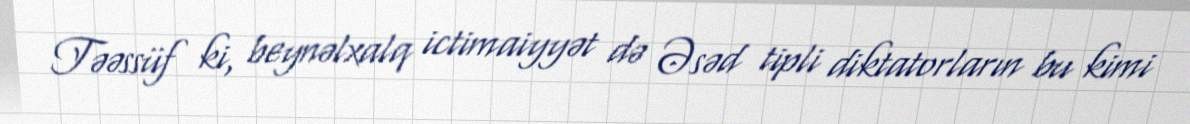
Təəssüf ki, beynəlxalq ictimaiyyət də Əsəd tipli diktatorların bu kimi